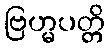
ဗြဟ္မပတ္တိ